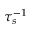
\tau _ { s } ^ { - 1 }